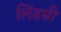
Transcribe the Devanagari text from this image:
लिंडसी